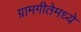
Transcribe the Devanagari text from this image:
ग्रामगीतेमध्ये